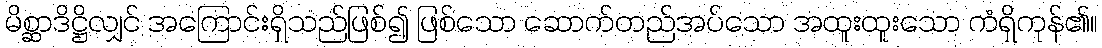
မိစ္ဆာဒိဋ္ဌိလျှင် အကြောင်းရှိသည်ဖြစ်၍ ဖြစ်သော ဆောက်တည်အပ်သော အထူးထူးသော ကံရှိကုန်၏။